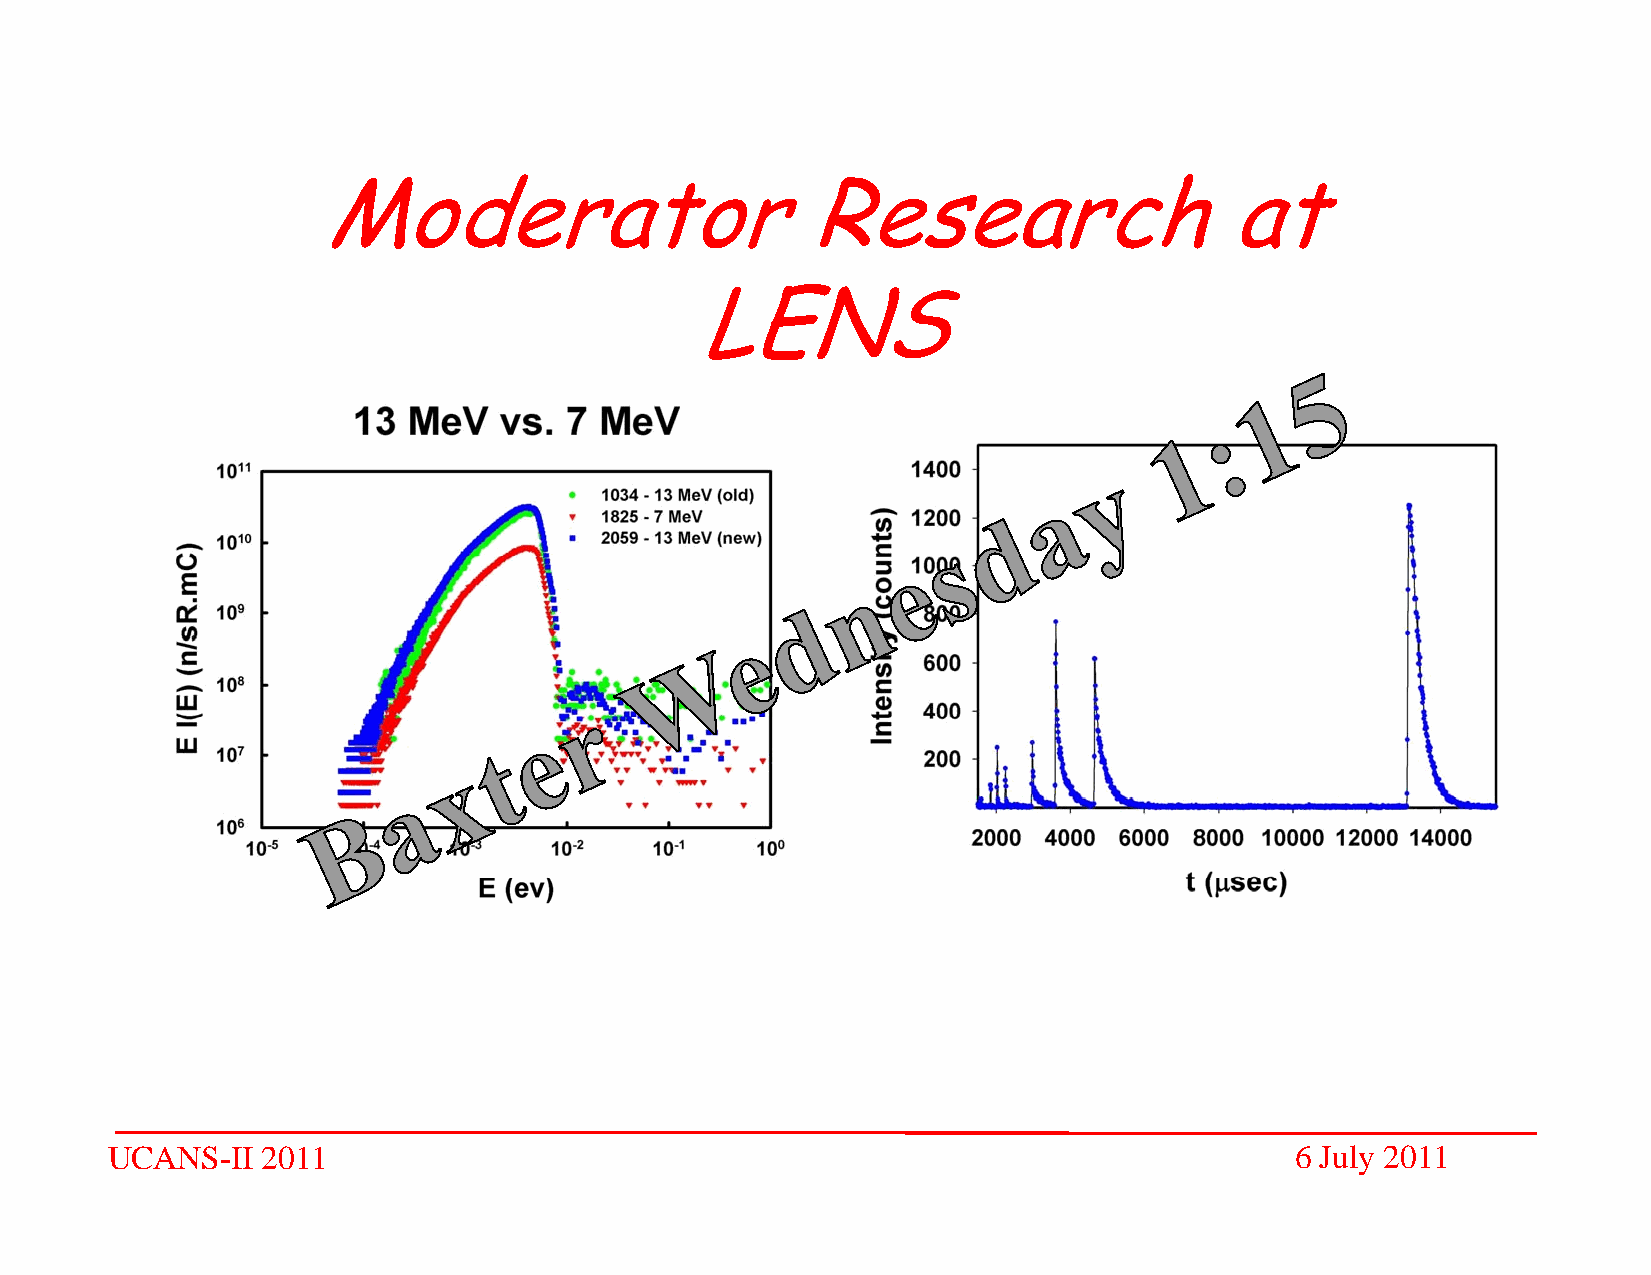
MMooddeerraattoorr              RReesseeaarrcchh            aatt
 LENS
 UCANS-II  2011                                                                 6 July 2011